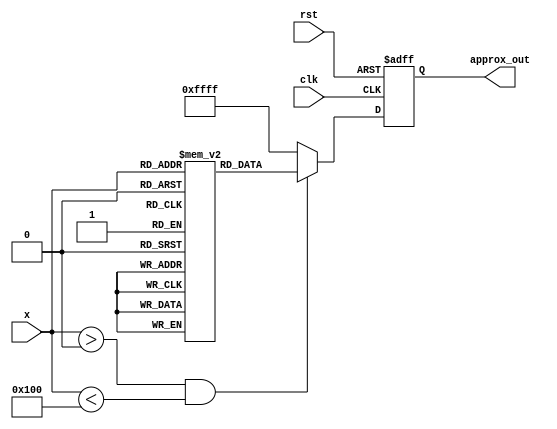
module approx_reciprocal (
    input wire [7:0] x,          // 8-bit input
    output reg [15:0] approx_out, // 16-bit output for approximate reciprocal
    input wire clk,
    input wire rst
);

    // Lookup table for approximate reciprocal values
    reg [15:0] lut [0:255]; // 256 entries for 8-bit input

    initial begin
        // Initialize the LUT with approximate reciprocal values
        // Values should be precomputed for 1/x where x is in the range of 1 to 255
        // For example, lut[1] = 16'h4000 (1.0 in fixed-point), lut[2] = 16'h2000 (0.5), etc.
        lut[0] = 16'hFFFF; // Handle division by zero case
        lut[1] = 16'h4000; // 1.0
        lut[2] = 16'h2000; // 0.5
        lut[3] = 16'h1555; // Approx. 0.3333
        // ... Fill in the rest of the LUT with appropriate values
        lut[255] = 16'h0001; // Approx. for large values
    end

    always @(posedge clk or posedge rst) begin
        if (rst) begin
            approx_out <= 16'h0000; // Reset output
        end else begin
            if (x > 0 && x < 256) begin
                approx_out <= lut[x]; // Lookup the approximate reciprocal
            end else begin
                approx_out <= 16'hFFFF; // Handle out of range
            end
        end
    end

endmodule